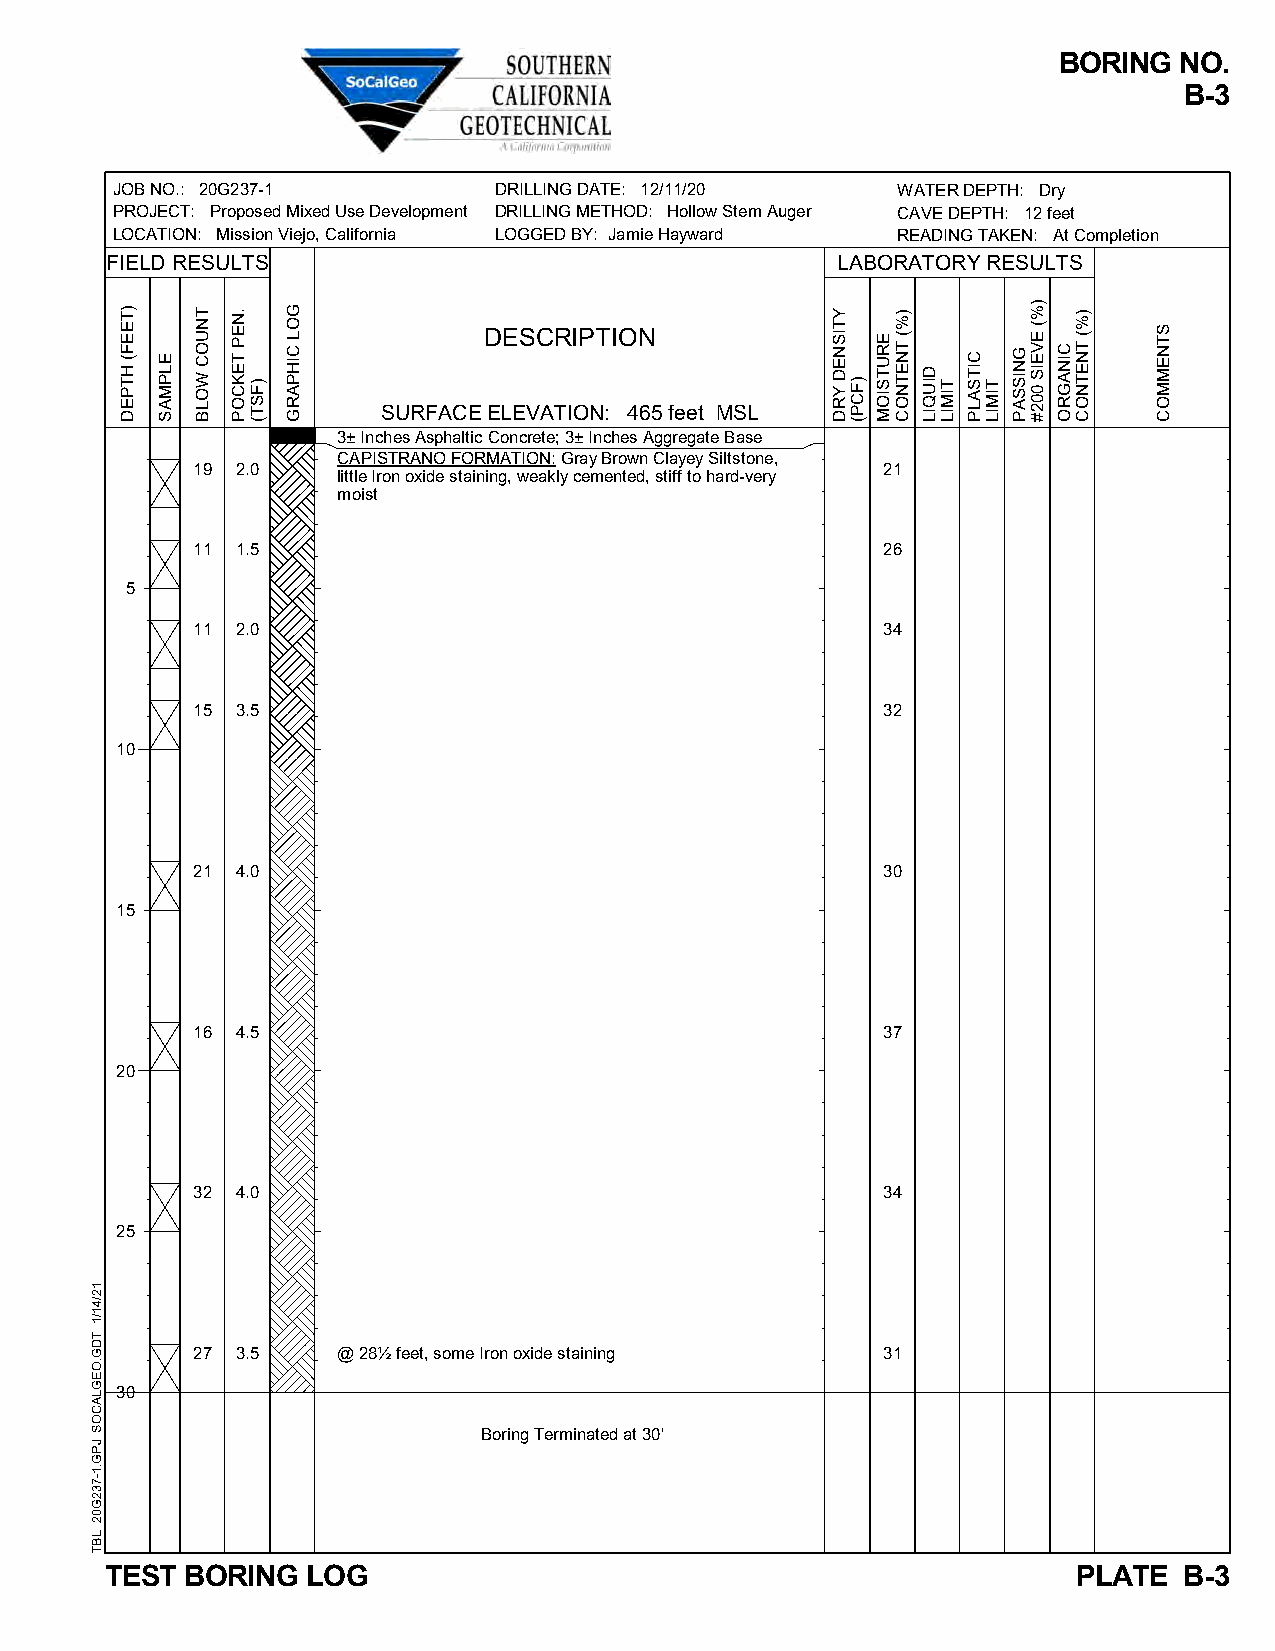
BORING  NO.
 B-3
 JOB NO.: 20G237-1         DRILLING DATE: 12/11/20   WATER DEPTH: Dry
 PROJECT: Proposed Mixed Use Development DRILLING METHOD: Hollow Stem Auger CAVE DEPTH: 12 feet
 LOCATION: Mission Viejo, California LOGGED BY: Jamie Hayward READING TAKEN: At Completion
 FIELD RESULTS                                   LABORATORY RESULTS
 DESCRIPTION
 SURFACE ELEVATION: 465 feet MSL
 3± Inches Asphaltic Concrete; 3± Inches Aggregate Base
 CAPISTRANO FORMATION: Gray Brown Clayey Siltstone,
 19 2.0                                       21
 little Iron oxide staining, weakly cemented, stiff to hard-very
 moist
 11 1.5                                       26
 5
 11 2.0                                       34
 15 3.5                                       32
 10
 21 4.0                                       30
 15
 16 4.5                                       37
 20
 32 4.0                                       34
 25
 27 3.5   @ 28½ feet, some Iron oxide staining 31
 30
 Boring Terminated at 30'
 TEST BORING  LOG                                                PLATE  B-3
 12/41/1
 TDG.OEGLACOS
 JPG.1-732G02
 LBT
 )TEEF(
 HTPED
 ELPMAS
 TNUOC
 WOLB
 .NEP
 TEKCOP
 )FST(
 GOL
 CIHPARG
 YTISNED
 YRD )FCP(
 ERUTSIOM
 )%(
 TNETNOC
 DIUQIL
 TIMIL
 CITSALP
 TIMIL
 GNISSAP
 )%(
 EVEIS
 002#
 CINAGRO
 )%(
 TNETNOC
 STNEMMOC